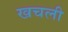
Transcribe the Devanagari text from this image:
खचली